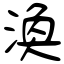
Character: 渙